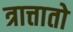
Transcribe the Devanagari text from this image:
त्रात्तातो